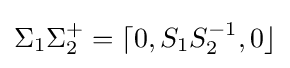
\Sigma _{1}\Sigma _{2}^{+}=\lceil 0,S_{1}S_{2}^{-1},0\rfloor